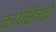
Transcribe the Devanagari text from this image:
कार्यक्षेत्राचे